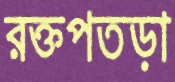
রক্তপতড়া